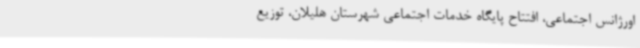
اورژانس اجتماعی، افتتاح پایگاه خدمات اجتماعی شهرستان هلیلان، توزیع